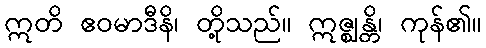
ဣတိ ဧဝမာဒီနိ၊ တို့သည်။ ဣဇ္ဈန္တိ၊ ကုန်၏။